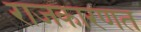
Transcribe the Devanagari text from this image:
राजकारणत